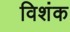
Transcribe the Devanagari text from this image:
विशंक